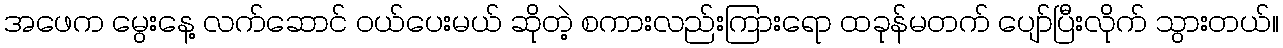
အဖေက မွေးနေ့ လက်ဆောင် ဝယ်ပေးမယ် ဆိုတဲ့ စကားလည်းကြားရော ထခုန်မတက် ပျော်ပြီးလိုက် သွားတယ်။